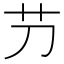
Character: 芀